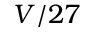
V / 2 7